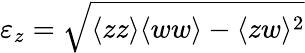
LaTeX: \varepsilon_{z}=\sqrt{\langle{zz}\rangle\langle{ww}\rangle-\langle{zw}\rangle^{2}}